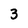
Character: 3